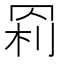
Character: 𰭊